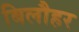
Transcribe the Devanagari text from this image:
बिलौहर